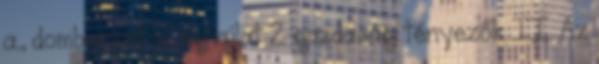
a., domborzat b., éghajlat 2. gazdasági tényezők II. Az